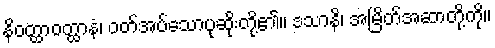
နိဝတ္ထာဝတ္ထာနံ၊ ဝတ်အပ်သောပုဆိုးတို့၏။ ဒသာနိ၊ အမြိတ်အဆာတို့ကို။